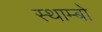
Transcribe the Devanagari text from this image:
स्थाम्बो